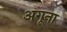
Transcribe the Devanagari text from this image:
अगूना